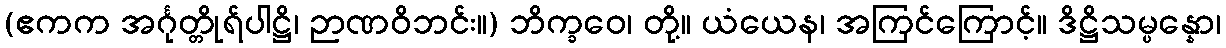
(ဧကက အင်္ဂုတ္တိုရ်ပါဋ္ဌိ၊ ဉာဏဝိဘင်း။) ဘိက္ခဝေ၊ တို့။ ယံယေန၊ အကြင်ကြောင့်။ ဒိဋ္ဌိသမ္ပန္နော၊